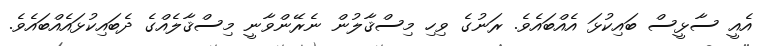
އެއީ ސާޅީސް ބައިކުޅަ އެއްބައެވެ. ރަނުގެ ވިހި މިސްޤާލުން ނެރޭންވާނީ މިސްޤާލެއްގެ ދެބައިކުޅައެއްބައެވެ.